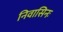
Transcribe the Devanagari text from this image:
निवासिनः